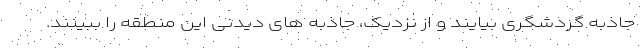
جاذبه گردشگری بیایند و از نزدیک، جاذبه های دیدنی این منطقه را ببینند.